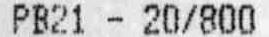
PB21 - 20/800